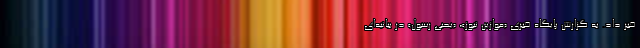
خبر داد. به گزارش پایگاه خبری «موازین نیوز»، «یحیی رسول» در بیانیه‌ای